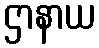
ဌာနာယ